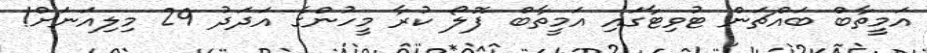
އަމީތާބް ބައްޗަން ޓުވިޓާގައި އަމީތާބް ފޮލޯ ކުރާ މީހުންގެ އަދަދު 29 މިލިއަނަށް!